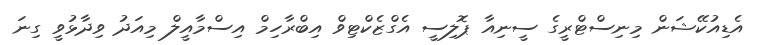
އެޑިއުކޭޝަން މިނިސްޓްރީގެ ސީނިއާ ޕޮލިސީ އެގްޒެކްޓިވް އިބްރާހިމް އިސްމާއީލް މިއަދު ވިދާޅުވީ ގިނަ